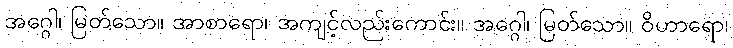
အဂ္ဂေါ၊ မြတ်သော။ အာစာရော၊ အကျင့်လည်းကောင်း။ အဂ္ဂေါ၊ မြတ်သော။ ဝိဟာရော၊